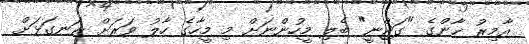
އާމިރު ޚާންގެ "ގަޖްނީ" ބެލި މީހުންނަށް މި މީހާގެ ހާލު ވަރަށް ރަނގަޅަށް